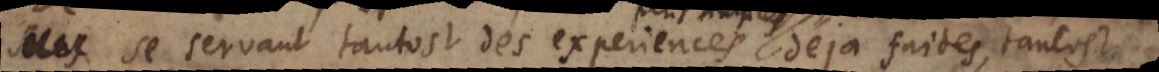
se servant tantost des experiences déja faites, tantost